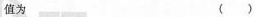
值为 ( )